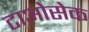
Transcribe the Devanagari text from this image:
टाओसेक